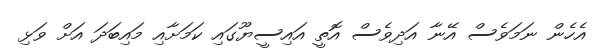
އެހެން ނަމަވެސް އޭނާ އަދިވެސް އޮތީ އައިސީޔޫގައި ކަމަށާއި މައިބަދަ އަށް ވަޅި